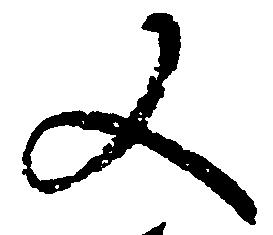
又